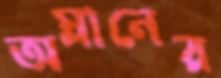
অম্লানের